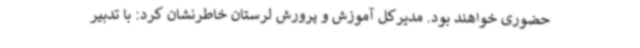
حضوری خواهند بود. مدیرکل آموزش و پرورش لرستان خاطرنشان کرد: با تدبیر